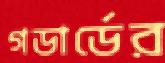
গডার্ডের